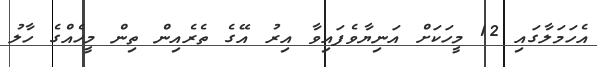
އެހަމަލާގައި 12 މީހަކަށް އަނިޔާވެފައިވާ އިރު އޭގެ ތެރެއިން ތިން މީހެއްގެ ހާލު